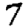
Digit: 7